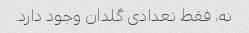
نه، فقط تعدادی گلدان وجود دارد.